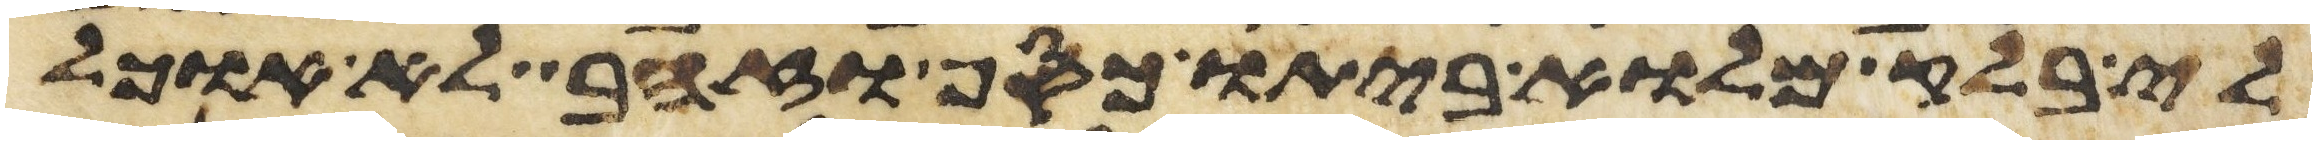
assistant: לי בלק מלוא ביתו כסף או זהב לא אוכל